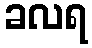
ခလရ